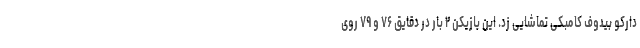
دارکو بیدوف کامبکی تماشایی زد. این بازیکن ۲ بار در دقایق ۷۶ و ۷۹ روی